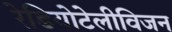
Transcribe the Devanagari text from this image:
रेडियोटेलीविजन